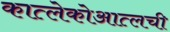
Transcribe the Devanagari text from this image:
कात्लेकोआत्लची